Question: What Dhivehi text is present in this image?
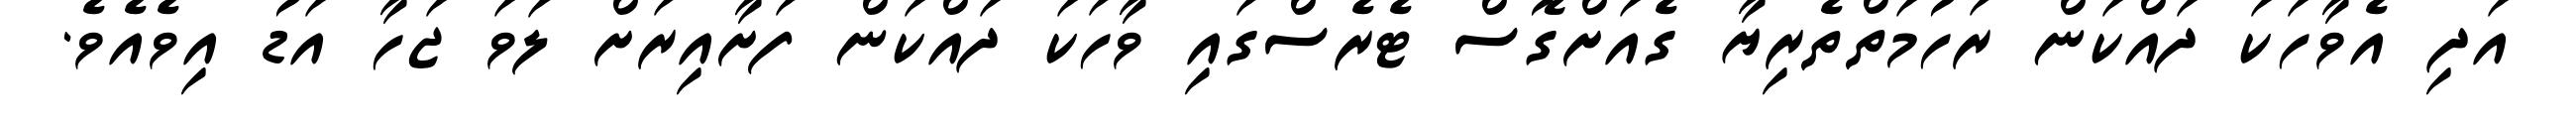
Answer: އަދި އެވާހަކަ ދައްކަން ރަހުމަތްތެރިޔާ ގެއަށްގޮސް ޓެރެސްގައި ވާހަކަ ދައްކަން ފަށާއިރަށް ލަވަ ޖަހާ އަޑު އިވެއެވެ.